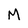
Character: M